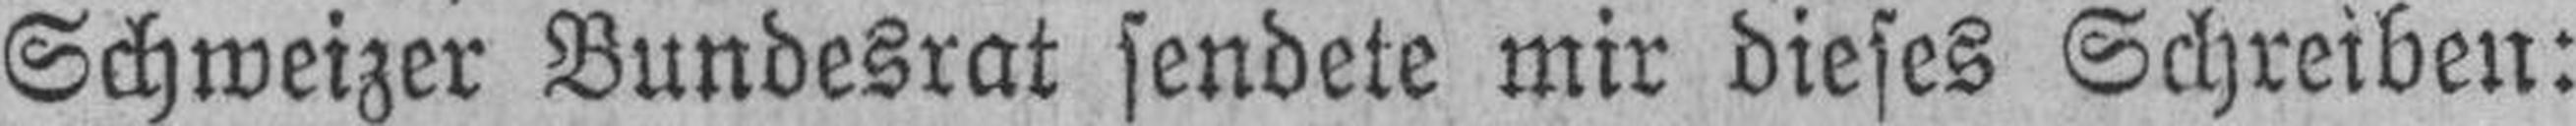
Schweizer Bundesrat sendete mir dieses Schreiben: